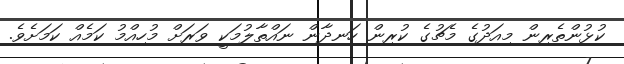
ކުޅުންތެރިން މިއަދުގެ މެޗުގެ ކުރިން ހަނދާން ނައްތާލުމަކީ ވަރަށް މުހިއްމު ކަމެއް ކަމަށެވެ.